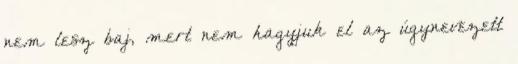
nem lesz baj, mert nem hagyjuk el az úgynevezett